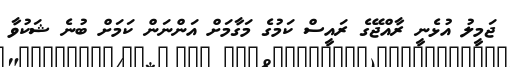
ޖަމީލު އުޅެނީ ރާއްޖޭގެ ރައީސް ކަމުގެ މަގާމަށް އަންނަން ކަމަށް ބުނެ ޝަކުވާ